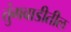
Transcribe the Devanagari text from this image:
तुंगवाडीतील